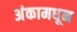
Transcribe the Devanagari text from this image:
अंकामधून